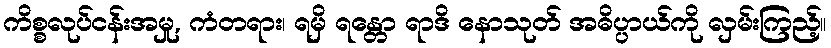
ကိစ္စလုပ်ငန်းအမှု, ကံတရား၊ ရမှိ ရန္တော ရာဒိ နောသုတ် အဓိပ္ပာယ်ကို လှမ်းကြည့်။